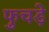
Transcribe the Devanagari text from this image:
फुचड़े